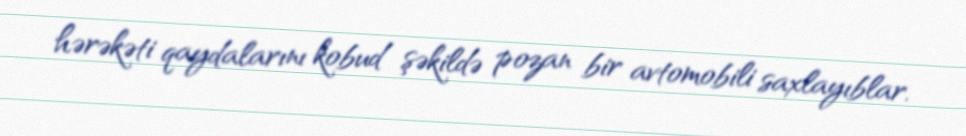
hərəkəti qaydalarını kobud şəkildə pozan bir avtomobili saxlayıblar.